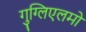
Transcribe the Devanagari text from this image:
गुग्लिएलमो